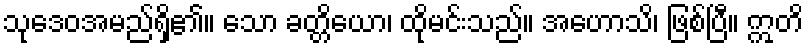
သုဒေဝအမည်ရှိ၏။ သော ခတ္တိယော၊ ထိုမင်းသည်။ အဟောသိ၊ ဖြစ်ပြီ။ ဣတိ